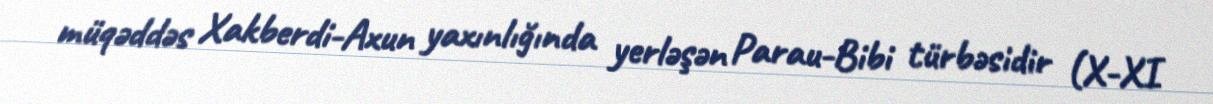
müqəddəs Xakberdi-Axun yaxınlığında yerləşən Parau-Bibi türbəsidir (X-XI